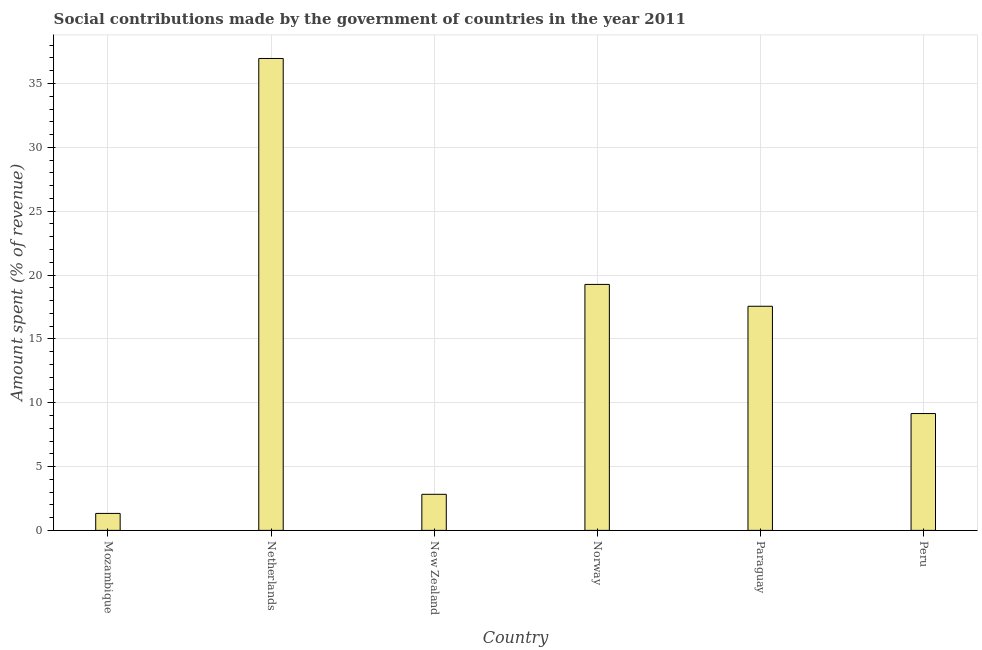
| Country | Social contributions |
 | --- | --- |
 | Mozambique | 1.33 |
 | Netherlands | 37 |
 | New Zealand | 2.83 |
 | Norway | 19.3 |
 | Paraguay | 17.6 |
 | Peru | 9.15 |